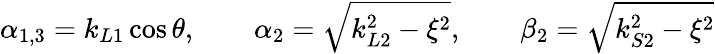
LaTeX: \alpha_{1,3}=k_{L1}\cos\theta,\quad\quad\alpha_{2}=\sqrt{k_{L2}^{2}-\xi^{2}},\quad\quad\beta_{2}=\sqrt{k_{S2}^{2}-\xi^{2}}